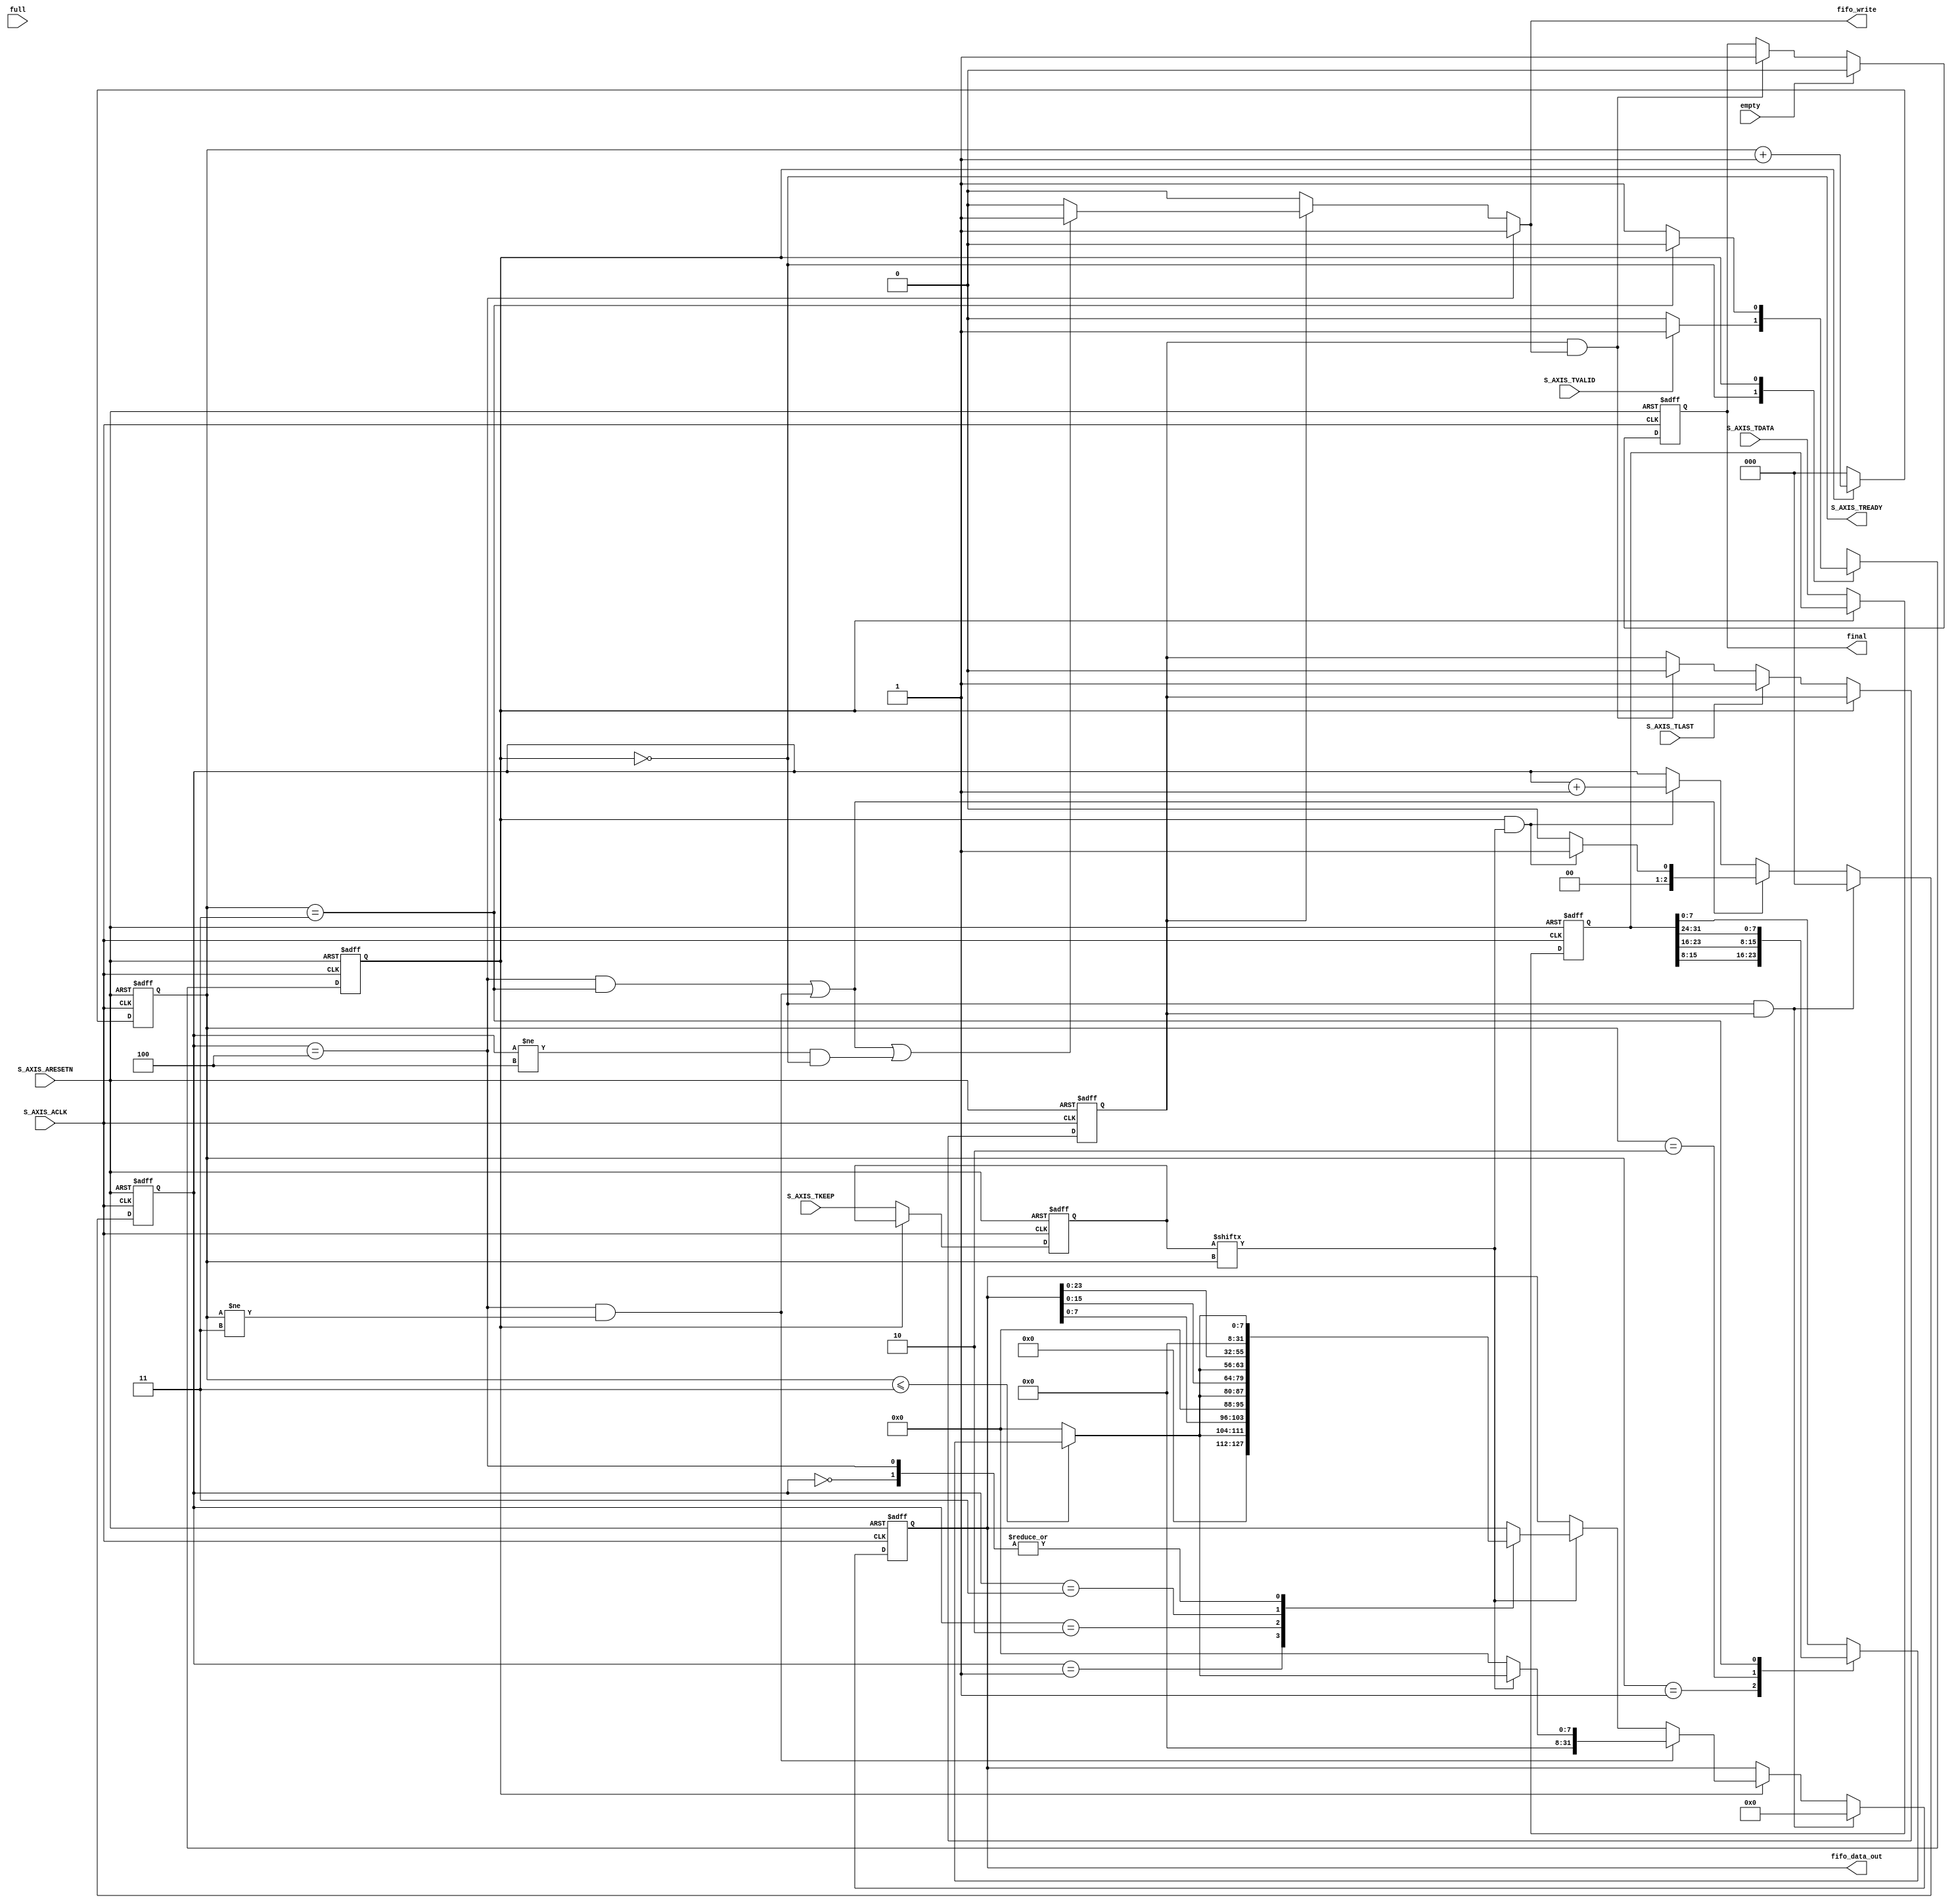
`timescale 1 ns / 1 ps

module myip_new_v1_0_S00_AXIS #
(
    // Users to add parameters here

    // User parameters ends
    // Do not modify the parameters beyond this line

    // AXI4Stream sink: Data Width
    parameter integer C_S_AXIS_TDATA_WIDTH	= 32,
    parameter integer FIFO_DATA_WIDTH       = 32,
    parameter integer FIFO_DEPTH            = 64
)
(
    // Users to add ports here
    input wire [C_S_AXIS_TDATA_WIDTH/8-1:0] S_AXIS_TKEEP,
    // User ports ends
    // Do not modify the ports beyond this line
    // AXI4Stream sink: Clock
    input wire  S_AXIS_ACLK,
    // AXI4Stream sink: Reset
    input wire  S_AXIS_ARESETN,
    // Ready to accept data in
    output wire  S_AXIS_TREADY,
    // Data in
    input wire [C_S_AXIS_TDATA_WIDTH-1 : 0] S_AXIS_TDATA,
    // Byte qualifier
    //input wire [(C_S_AXIS_TDATA_WIDTH/8)-1 : 0] S_AXIS_TSTRB,
    // Indicates boundary of last packet
    input wire  S_AXIS_TLAST,
    // Data is in valid
    input wire  S_AXIS_TVALID,
    //----------------------------------------
    // FIFO
    //control signal
    input  wire empty,
    input  wire full,
    output reg  fifo_write,
    output wire [FIFO_DATA_WIDTH-1:0] fifo_data_out,
    // control signal
    output reg final
);

localparam FIFO_MAX_WIDTH = 4;  // 4 byte
localparam RECEIVE  = 0;
localparam PROCESS  = 1;
localparam OVERFLOW = 2;

wire reach;
wire overflow;
wire receive_done;
wire [2:0] count_done;
reg  lastFlag;
reg  state, next_state;
reg  [2:0] receive_cnt;
reg  [2:0] fifo_keep_cnt;
reg  [7:0] data_byte;
reg  [31:0] fifo_data_keep;
// keep info
reg [C_S_AXIS_TDATA_WIDTH-1:0]   inputData;
reg [C_S_AXIS_TDATA_WIDTH/8-1:0] keep;

always @(*) begin
    case(state) 
        RECEIVE: next_state = (S_AXIS_TVALID) ? PROCESS : RECEIVE;
        PROCESS: begin
            if(receive_done) begin
                next_state = RECEIVE;
            end else begin
                next_state = PROCESS;
            end
        end
        default: next_state = RECEIVE;
    endcase
end

always @(posedge S_AXIS_ACLK or negedge S_AXIS_ARESETN) begin
    if(!S_AXIS_ARESETN) begin
        state <= RECEIVE;
    end else begin
        state <= next_state;
    end
end

// reg [C_S_AXIS_TDATA_WIDTH-1:0]   inputData;
// reg [C_S_AXIS_TDATA_WIDTH/8-1:0] keep;
always @(posedge S_AXIS_ACLK or negedge S_AXIS_ARESETN) begin
    if(!S_AXIS_ARESETN) begin
        keep <= {C_S_AXIS_TDATA_WIDTH/8{1'b0}};
        inputData <= {C_S_AXIS_TDATA_WIDTH{1'b0}};
    end else if(state == RECEIVE) begin
        keep <= S_AXIS_TKEEP;
        inputData <= S_AXIS_TDATA;
    end
end

assign count_done = ((C_S_AXIS_TDATA_WIDTH >> 3) - 1);

assign receive_done = (receive_cnt == count_done);
always @(posedge S_AXIS_ACLK or negedge S_AXIS_ARESETN) begin
    if(!S_AXIS_ARESETN) begin
        receive_cnt <= 3'd0;
    end else begin
        case(state)
            PROCESS: receive_cnt <= receive_cnt + 3'd1;
            default: receive_cnt <= 3'd0;
        endcase
    end
end

assign reach    = (fifo_keep_cnt == FIFO_MAX_WIDTH && receive_done);
assign overflow = (fifo_keep_cnt == FIFO_MAX_WIDTH && (receive_cnt != count_done));

always @(posedge S_AXIS_ACLK or negedge S_AXIS_ARESETN) begin
    if(!S_AXIS_ARESETN) begin
        fifo_keep_cnt <= 3'd0;
    end else if(state == RECEIVE && lastFlag) begin
        fifo_keep_cnt <= 3'd0;
    end else if(reach || overflow) begin
        if(state == PROCESS && keep[receive_cnt] == 1'b1) begin
            fifo_keep_cnt <= 3'd1;
        end else begin
            fifo_keep_cnt <= 3'd0;
        end
    end else if(state == PROCESS && keep[receive_cnt] == 1'b1) begin
        fifo_keep_cnt <= fifo_keep_cnt + 3'd1;
    end
end

always @(*) begin
    if(receive_cnt <= count_done) 
        case(receive_cnt)
            0:          data_byte = inputData[0+:8];
            1:          data_byte = inputData[8+:8];
            2:          data_byte = inputData[16+:8];
            3:          data_byte = inputData[24+:8];
            default:    data_byte = inputData[0+:8];
        endcase
    else begin
        data_byte = 8'd0;
    end
end

always @(posedge S_AXIS_ACLK or negedge S_AXIS_ARESETN) begin
    if(!S_AXIS_ARESETN) begin
        fifo_data_keep <= 32'd0;
    end else if(state == RECEIVE && lastFlag) begin
        fifo_data_keep <= 32'd0;
    end else if(state == PROCESS) begin
        if(overflow) begin
            if(keep[receive_cnt] == 1'b1) begin
                fifo_data_keep <= {24'd0,data_byte};
            end else begin
                fifo_data_keep <= 32'd0;
            end
        end else if(keep[receive_cnt] == 1'b1) begin
            case(fifo_keep_cnt)
                0:       fifo_data_keep <= {24'd0,data_byte};
                1:       fifo_data_keep <= {16'd0,data_byte,fifo_data_keep[0+:8]};
                2:       fifo_data_keep <= { 8'd0,data_byte,fifo_data_keep[0+:16]};
                3:       fifo_data_keep <= {data_byte,fifo_data_keep[0+:24]};
                4:       fifo_data_keep <= {24'd0,data_byte};
                default: fifo_data_keep <= fifo_data_keep;
            endcase
        end
    end
end

always @(posedge S_AXIS_ACLK or negedge S_AXIS_ARESETN) begin
    if(!S_AXIS_ARESETN) begin
        lastFlag <= 1'b0;
    end else if(state == RECEIVE) begin
        if(S_AXIS_TLAST) begin
            lastFlag <= 1'b1;
        end else if(lastFlag && fifo_write) begin
            lastFlag <= 1'b0;
        end
    end
end

//output signals
assign S_AXIS_TREADY = (state == RECEIVE);
assign fifo_data_out = fifo_data_keep;

always @(*) begin
    if(fifo_keep_cnt == FIFO_MAX_WIDTH) begin
        fifo_write = 1'b1;
    end else if(lastFlag) begin
        if(reach || overflow || (fifo_keep_cnt != FIFO_MAX_WIDTH && state == RECEIVE)) begin
            fifo_write = 1'b1;
        end else begin
           fifo_write = 1'b0; 
        end
    end else begin
        fifo_write = 1'b0;
    end
end

always @(posedge S_AXIS_ACLK or negedge S_AXIS_ARESETN) begin
    if(!S_AXIS_ARESETN) begin
        final <= 1'b0;
    end else if(empty) begin
        final <= 1'b0;
    end else if(lastFlag && fifo_write) begin
        final <= 1'b1;
    end
end

// function called clogb2 that returns an integer which has the 
// value of the ceiling of the log base 2.
function integer clogb2 (input integer bit_depth);
    begin
    for(clogb2=0; bit_depth>0; clogb2=clogb2+1)
        bit_depth = bit_depth >> 1;
    end
endfunction

endmodule